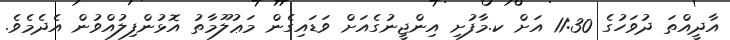
އާދީއްތަ ދުވަހުގެ 11:30 އަށް ކ.މާފުށި އިންޖީނުގެއަށް ވަޑައިގެން މަޢުލޫމާތު އޮޅުންފިލުއްވުން އެދެމެވެ.